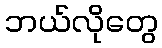
ဘယ်လိုတွေ